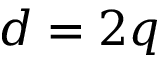
d = 2 q